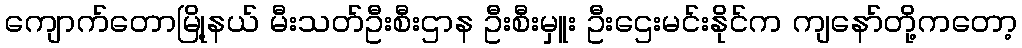
ကျောက်တောမြို့နယ် မီးသတ်ဦးစီးဌာန ဦးစီးမှူး ဦးဌေးမင်းနိုင်က ကျနော်တို့ကတော့